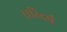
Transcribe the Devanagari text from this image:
सरिदर्ष